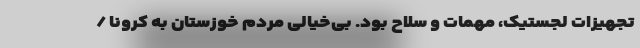
تجهیزات لجستیک، مهمات و سلاح بود. بی‌خیالی مردم خوزستان به کرونا /